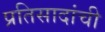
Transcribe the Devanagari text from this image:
प्रतिसादांची